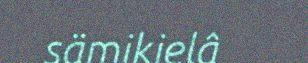
sämikielâ